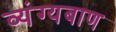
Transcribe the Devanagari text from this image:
व्यंग्यबाण